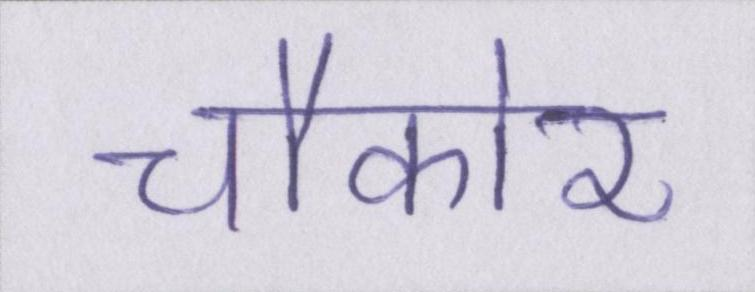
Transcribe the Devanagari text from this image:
चौकोर